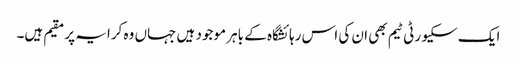
ایک سکیورٹی ٹیم بھی ان کی اس رہائشگاہ کے باہر موجود ہیں جہاں وہ کرایہ پر مقیم ہیں۔